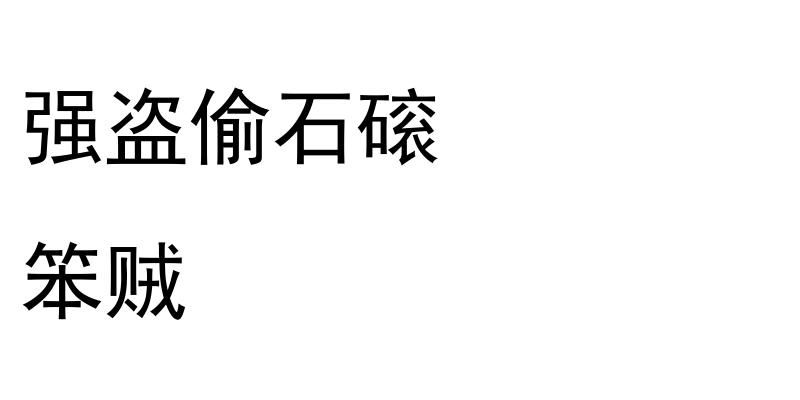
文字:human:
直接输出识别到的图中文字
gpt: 强盗偷石磙 笨贼